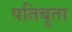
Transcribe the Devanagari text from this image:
पतिबृता